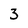
Character: 3